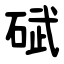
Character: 碔